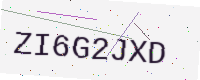
Text: ZI6G2JXD